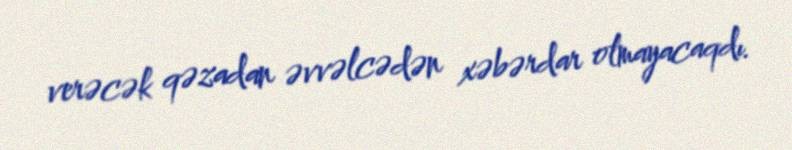
verəcək qəzadan əvvəlcədən xəbərdar olmayacaqdı.